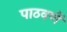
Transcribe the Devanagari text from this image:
पाठवणें